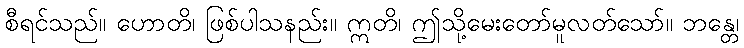
စီရင်သည်။ ဟောတိ၊ ဖြစ်ပါသနည်း။ ဣတိ၊ ဤသို့မေးတော်မူလတ်သော်။ ဘန္တေ၊